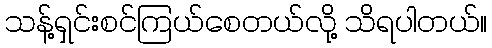
သန့်ရှင်းစင်ကြယ်စေတယ်လို့ သိရပါတယ်။